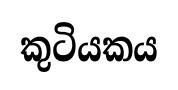
කුටියකය